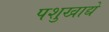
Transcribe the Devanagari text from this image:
पशुखाद्ये